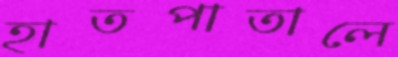
হাতপাতালে